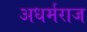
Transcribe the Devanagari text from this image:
अधर्मराज